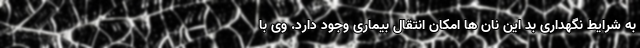
به شرایط نگهداری بد این نان ها امکان انتقال بیماری وجود دارد. وی با